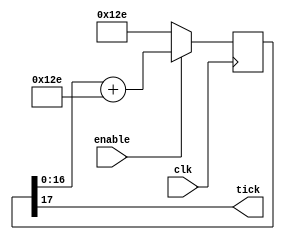
module BaudTickGen_2(
	input clk, enable,
	output tick  
);
parameter ClkFrequency = 50000000;
parameter Baud = 115200;
parameter Oversampling = 1;
function integer log2(input integer v); begin log2=0; while(v>>log2) log2=log2+1; end endfunction
localparam AccWidth = log2(ClkFrequency/Baud)+8;  
reg [AccWidth:0] Acc = 0;
localparam ShiftLimiter = log2(Baud*Oversampling >> (31-AccWidth));  
localparam Inc = ((Baud*Oversampling << (AccWidth-ShiftLimiter))+(ClkFrequency>>(ShiftLimiter+1)))/(ClkFrequency>>ShiftLimiter);
always @(posedge clk) if(enable) Acc <= Acc[AccWidth-1:0] + Inc[AccWidth:0]; else Acc <= Inc[AccWidth:0];
assign tick = Acc[AccWidth];
endmodule